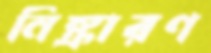
নিষ্কারণ